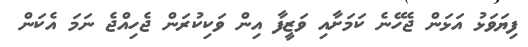
ފިޔަވަޅު އަޅަން ޖެހޭނެ ކަމަށާއި ވަޒީފާ އިން ވަކިކުރަން ޖެހިއްޖެ ނަމަ އެކަން